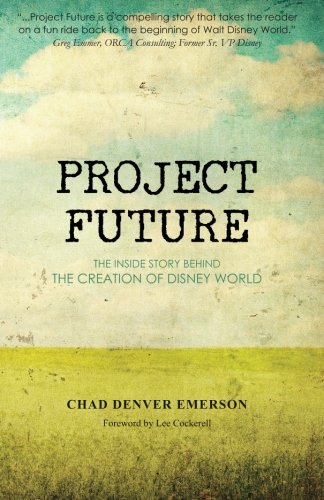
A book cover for Project Future: The Inside Story Behind the Creation of Disney World; Chad Denver Emerson; Travel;